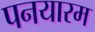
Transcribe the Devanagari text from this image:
पनयारम